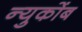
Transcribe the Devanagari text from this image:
न्युकोंब